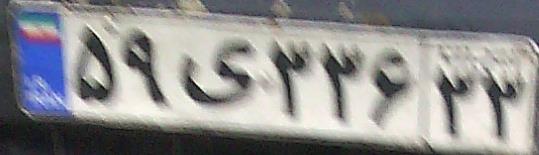
۵۹ی۳۳۶۳۳